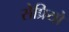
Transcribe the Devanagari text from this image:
सेप्रियो